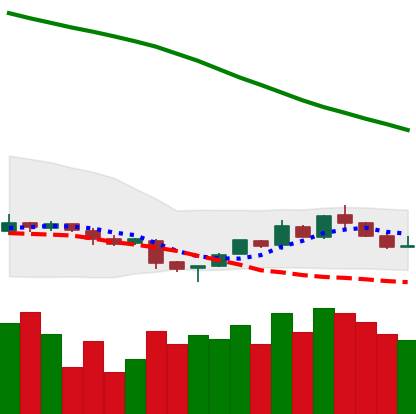
Ticker: NEO-USD
Chart end date: 2018-11-10
Forward return: -18.618%
Label: down_7plus